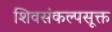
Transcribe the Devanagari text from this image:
शिवसंकल्पसूक्त